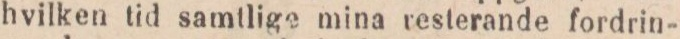
hvilken tid samtlige mina resterande fordrin-